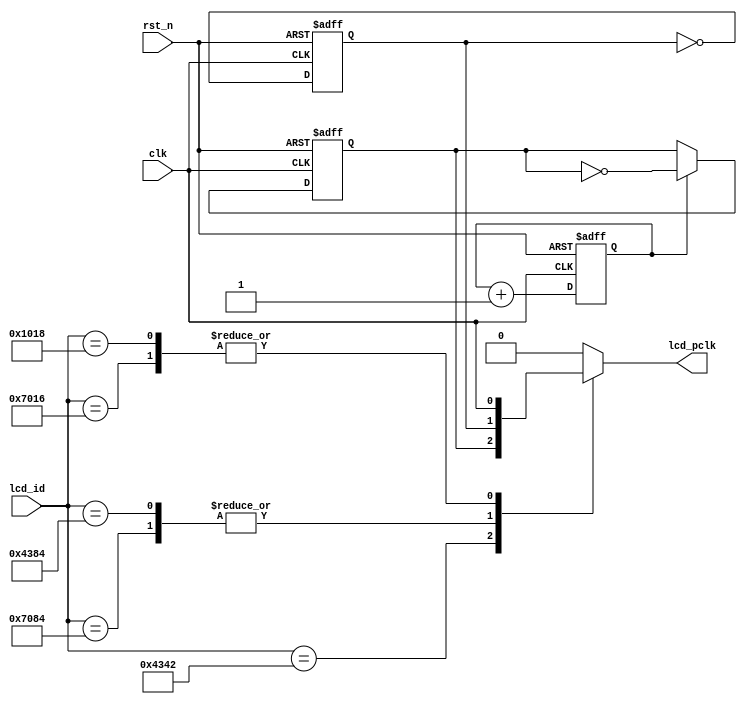
//****************************************Copyright (c)***********************************//
//www.yuanzige.com
//www.openedv.com
//http://openedv.taobao.com
//""ZYNQ & FPGA & STM32 & LINUX
//
//Copyright(C)  2018-2028
//All rights reserved
//----------------------------------------------------------------------------------------
// File name:           clk_div
// Last modified Date:  2020/05/28 20:28:08
// Last Version:        V1.0
// Descriptions:        
//                      
//----------------------------------------------------------------------------------------
// Created by:          
// Created date:        2020/05/28 20:28:08
// Version:             V1.0
// Descriptions:        The original version
//
//----------------------------------------------------------------------------------------
//****************************************************************************************//

module clk_div(
    input               clk,          //50Mhz
    input               rst_n,
    input       [15:0]  lcd_id,
    output  reg         lcd_pclk
    );

reg          clk_25m;
reg          clk_12_5m;
reg          div_4_cnt;

//2 25MHz 
always @(posedge clk or negedge rst_n) begin
    if(!rst_n)
        clk_25m <= 1'b0;
    else 
        clk_25m <= ~clk_25m;
end

//4 12.5MHz 
always @(posedge clk or negedge rst_n) begin
    if(!rst_n) begin
        div_4_cnt <= 1'b0;
        clk_12_5m <= 1'b0;
    end    
    else begin
        div_4_cnt <= div_4_cnt + 1'b1;
        if(div_4_cnt == 1'b1)
            clk_12_5m <= ~clk_12_5m;
    end        
end

always @(*) begin
    case(lcd_id)
        16'h4342 : lcd_pclk = clk_12_5m;
        16'h7084 : lcd_pclk = clk_25m;       
        16'h7016 : lcd_pclk = clk;
        16'h4384 : lcd_pclk = clk_25m;
        16'h1018 : lcd_pclk = clk;
        default :  lcd_pclk = 0;
    endcase      
end

endmodule